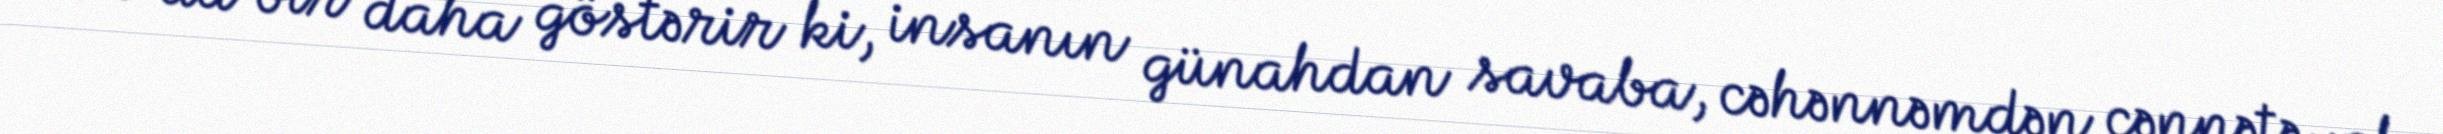
Bu da bir daha göstərir ki, insanın günahdan savaba, cəhənnəmdən cənnətə yolu